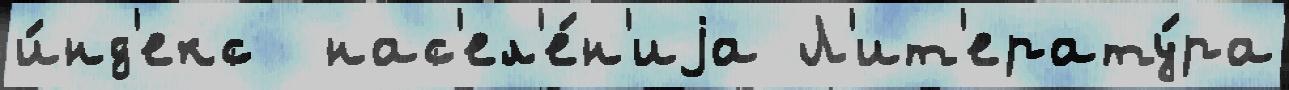
и́нд'екс  нас'ел'е́н'иjа Л'ит'ерату́ра